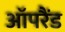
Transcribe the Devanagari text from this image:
ऑपरैंड